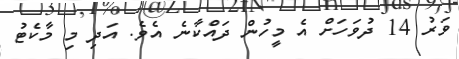
ވަރު 14 ދުވަހަށް އެ މީހުން ދައްކާނެ އެވެ. އަދި މި މާކެޓު